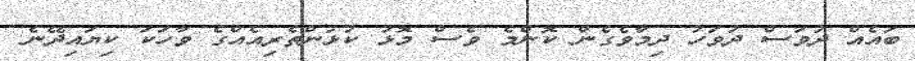
ބައެއް ދުވަސް ދުވަހު ދިމާވެގެން ކޮންމެ ވެސް މޮޅު ކުޅުންތެރިއެއްގެ ވާހަކަ ކިޔައިދޭނެ